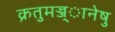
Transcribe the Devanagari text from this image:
क्रतुमज्ज्ानेषु